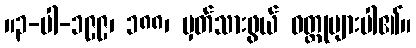
။၃-ပါ-၁၉၉၊ ၁၈၈၊ မှတ်သားဖွယ် ဝတ္ထုများပါ၏။